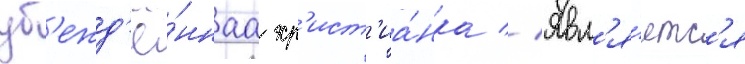
уб'ежд'ё́ннаа хр'ист'иа́нка // Явл'я́етс'я